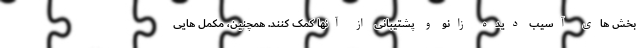
بخش های آسیب دیده زانو و پشتیبانی از آنها کمک کنند. همچنین، مکمل هایی